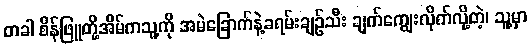
တခါ စိန်ဖြူတို့အိမ်ကသူ့ကို အမဲခြောက်နဲ့ခရမ်းချဉ်သီး ချက်ကျွေးလိုက်လို့တဲ့၊ သူ့မှာ